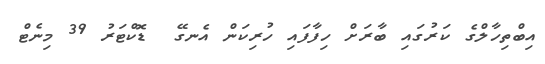
އިބްތިހާލްގެ ކަރުގައި ބާރަށް ހިފާފައި ހުރިކަން އެނގޭ  ޑޮކްޓަރު 39 މިނެޓް